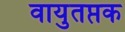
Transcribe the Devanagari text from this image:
वायुतप्तक